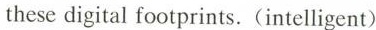
these digital footprints. (intelligent)